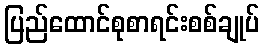
ပြည်ထောင်စုစာရင်းစစ်ချုပ်